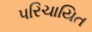
પરિચાયિત